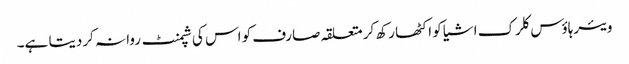
ویئرہاؤس کلرک اشیا کو اکٹھا رکھ کر متعلقہ صارف کو اس کی شپمنٹ روانہ کردیتا ہے۔